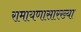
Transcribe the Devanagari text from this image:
रामायणासारख्या